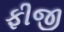
ફીજી